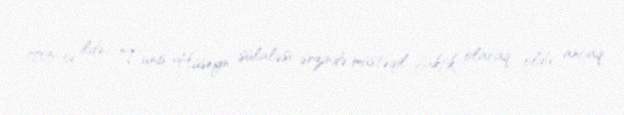
1705-ci ildə, Tunis Hüseyn sülaləsi ərzində müstəqil faktik olaraq oldu, ancaq